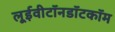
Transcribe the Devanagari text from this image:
लूईवीटॉनडॉटकॉम